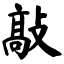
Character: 敲